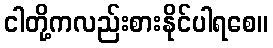
ငါတို့ကလည်းစားနိုင်ပါရစေ။